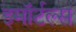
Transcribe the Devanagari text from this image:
इमॉर्टल्स